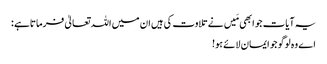
یہ آیات جو ابھی مَیں نے تلاوت کی ہیں ان میں اللہ تعالیٰ فرماتاہے :
اے وہ لوگو جو ایمان لائے ہو!